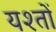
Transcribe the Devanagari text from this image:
यश्तों